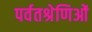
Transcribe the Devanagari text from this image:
पर्वतश्रेणिओं